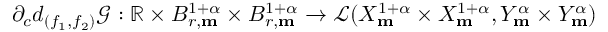
\partial _ { c } d _ { ( f _ { 1 } , f _ { 2 } ) } \mathscr { G } : \mathbb { R } \times B _ { r , \mathbf { m } } ^ { 1 + \alpha } \times B _ { r , \mathbf { m } } ^ { 1 + \alpha } \rightarrow \mathcal { L } ( X _ { \mathbf { m } } ^ { 1 + \alpha } \times X _ { \mathbf { m } } ^ { 1 + \alpha } , Y _ { \mathbf { m } } ^ { \alpha } \times Y _ { \mathbf { m } } ^ { \alpha } )